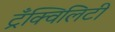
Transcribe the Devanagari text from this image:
ट्रँक्विलिटी